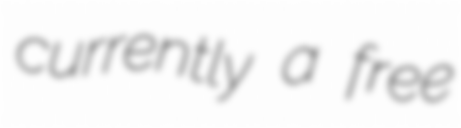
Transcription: currently a free